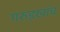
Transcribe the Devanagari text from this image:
गरुड़खांब